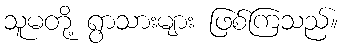
သူမတို့ ရွာသားများ ဖြစ်ကြသည်။